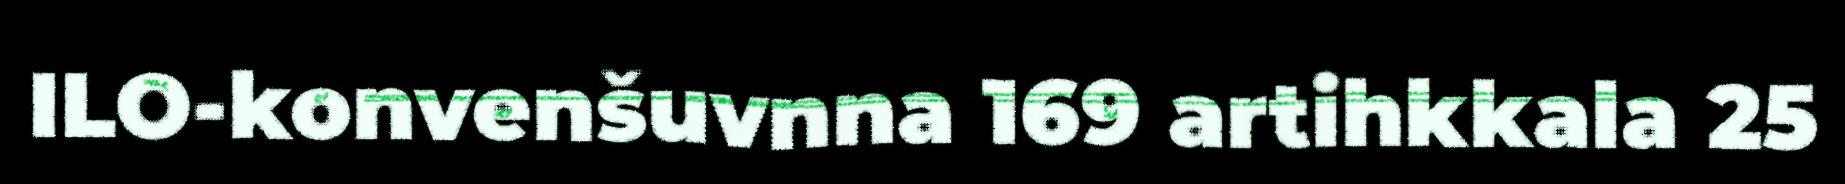
ILO-konvenšuvnna 169 artihkkala 25